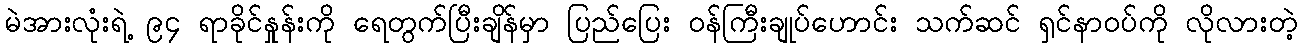
မဲအားလုံးရဲ့ ၉၄ ရာခိုင်နှုန်းကို ရေတွက်ပြီးချိန်မှာ ပြည်ပြေး ဝန်ကြီးချုပ်ဟောင်း သက်ဆင် ရှင်နာဝပ်ကို လိုလားတဲ့